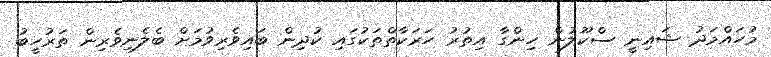
މުހައްމަދު ޝައިނީ ސްކޫލުން ހިންގާ އިތުރު ހަރަކާތްތަކުގައި ކުދިން ބައިވެރިވުމަށް ބެލެނިވެރިން ތަރުހީބު